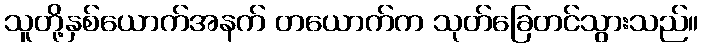
သူတို့နှစ်ယောက်အနက် တယောက်က သုတ်ခြေတင်သွားသည်။